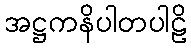
အဋ္ဌကနိပါတပါဠိ